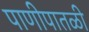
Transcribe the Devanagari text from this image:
पाणीपातळी